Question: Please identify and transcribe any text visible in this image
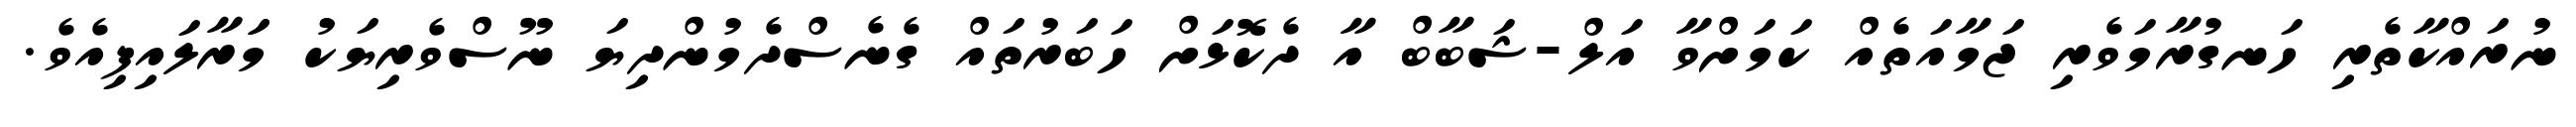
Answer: ނުރައްކާތެރި ހަނގުރާމަވެރި ޖަމާއަތެއް ކަމަށްވާ އަލް-ޝަބާބް އާ ދެކޮޅަށް ހަބަރުތައް ގެނެސްދެމުންދިޔަ ނޫސްވެރިޔަކު މަަރާލައިފިއެވެ.